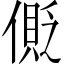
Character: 𠍥